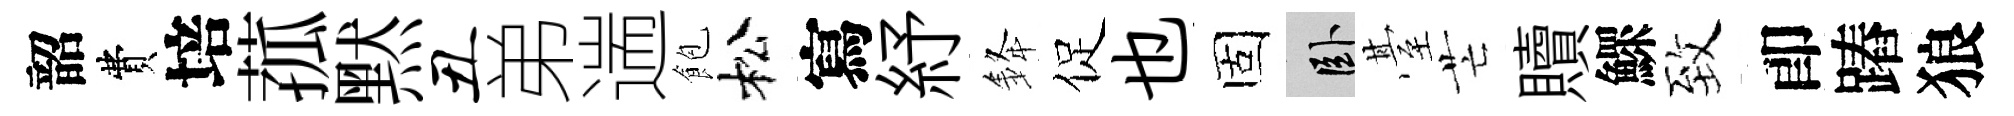
韶費培菰黙丑弟遄飽松寫紓𨦟促也固卧䑓芒贖鰥致卽蹖狼